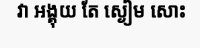
វា អង្គុយ តែ ស្ងៀម សោះ